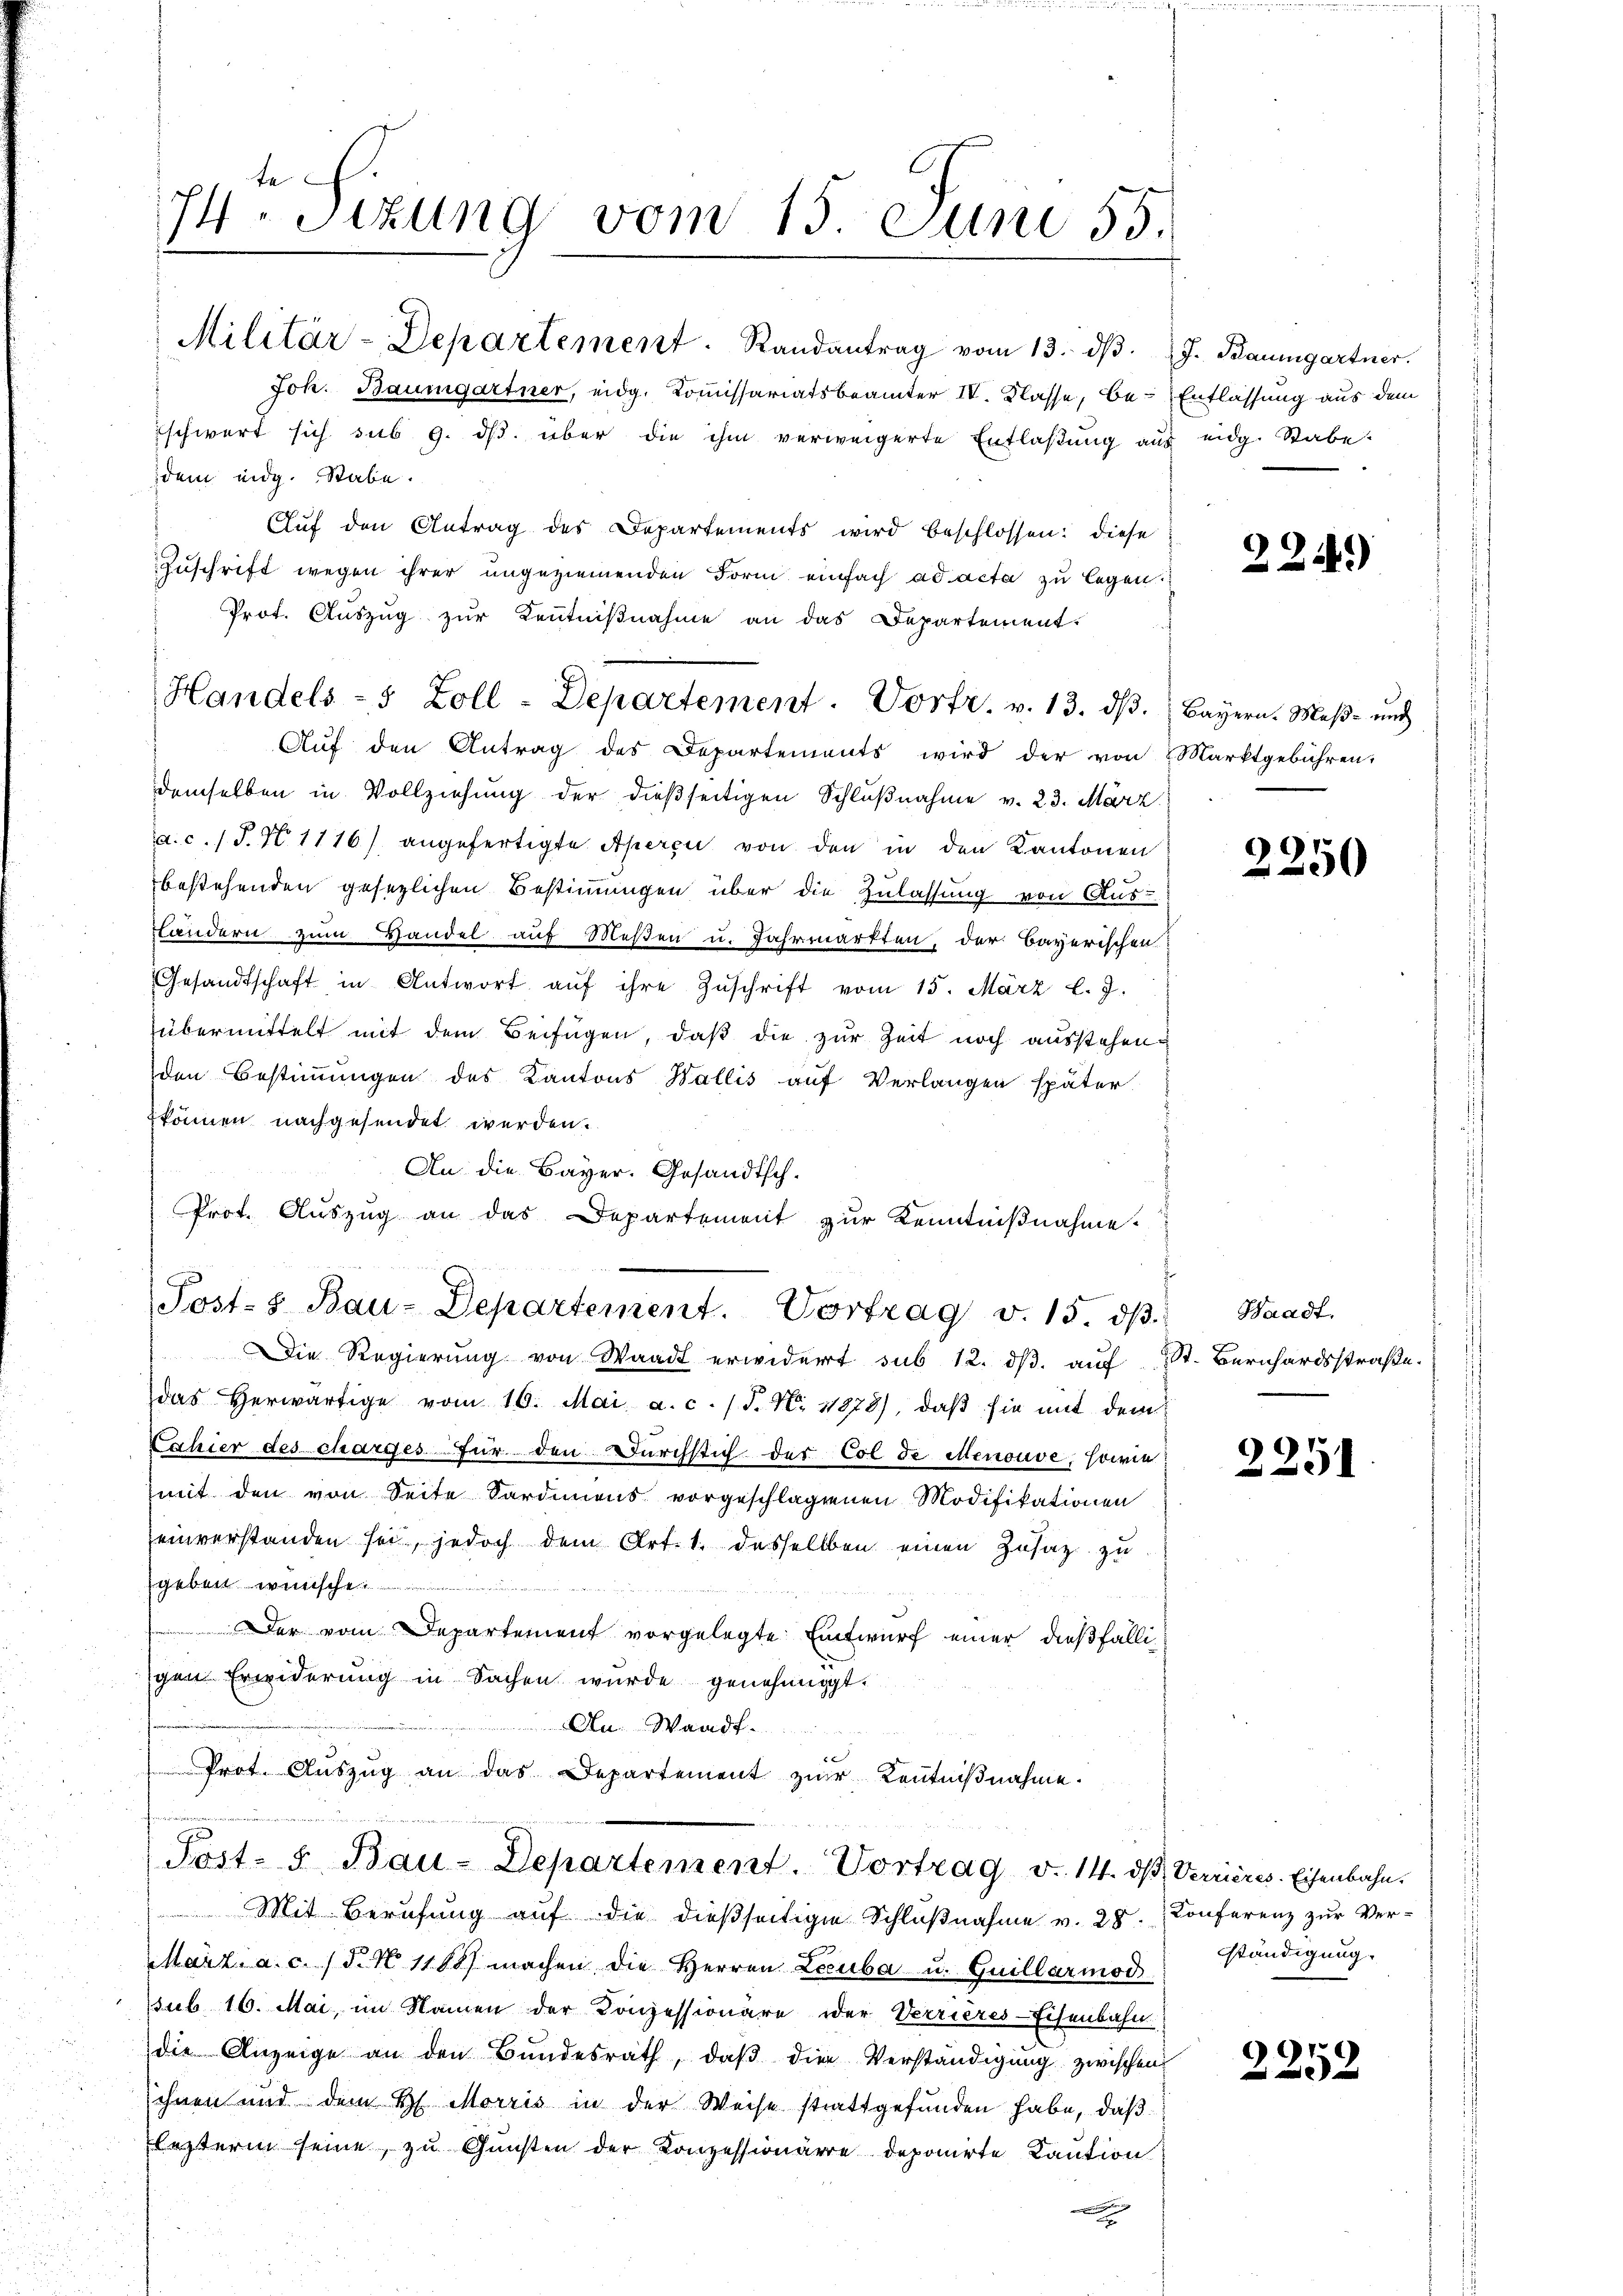
te
74. Sitzung vom 15. Juni 55.

Militär-Departement. Randantrag vom 13. dβ.
Joh. Baumgartner, eidg. Kommissariatsbeamter IV. Klasse, Beschwert sich sub 9. ds. über die ihm verweigerte Entlaßung aus eidg. Stabe.
dem eidg. Rabe.
Auf den Antrag des Departements wird beschlossen: diese
Zuschrift wegen ihrer ungeziemenden Form einfach ad acta zu legen.
Aŭf den Antrag des Departements wird der von Marktgebühren.
demselben in Vollziehung der dießseitigen Schlŭβnahme v. 23. März
a.c. s. S. N. 1116) angefertigte Aperci von den in den Kantonen
bestehenden gesezlichen Bestimmungen über die Zulassung von Aus-
Ländern zum Handel auf Meßen u. Jahrmarkten, der Bayerischen:
Gesandtschaft in Antwort aŭf ihre Zŭschrift vom 15. März l. J.
übermittelt mit dem Beifügen, daß die zur Zeit noch ausstehen
den Bestimmungen des Kantons Wallis auf Verlangen später
können nachgesendet werden.
An die Bayer. Gesandtsch.
Prof. Auszug an das Departement zur Kenntnißnahme.
Die Regierŭng von Waadt erwidert sub 12. dβ aŭf St. Bernhardsstraße.
das herwärtige vom 16. Mai a.c. (T. N. 1878), daβ sie mit dem
Cahier des charges für den Durchstich des Col de Menouve, sowie
mit den von Seite Sardiens vorgeschlagenen Modifikationen
einverstanden sei, jedoch dem Art. 1. desselben einen Zusatz zu
gaben ersch
Der vom Departement vorgelegte Entwurf einer dießfälligen Erwiderung in Sachen wurde genehmigt.
An Waadt.
 Prof. Auszug an das Departement zur Kenntniβnahme.
Post- u Bau-Departement. Vortrag v. 14. dβ Verrieres. Eisenbahn.
Mit Berufung auf die dießseitigen Schlŭβnahme v. 28. Conferenz zur Ver-
März a. c. (T. N. 1168) machen die Herren Lecuba u. Guillarmod
sub 16. Mai, im Namen der Konzessionäre der Verrieres-Eisenbahn
die Anzeige an den Bundesrath, daβ die Verständigung zwischen
ihnen und dem H. Morris in der Weise stattgefŭnden habe, daβ
lesterin seine, zu Gunsten der Konzessionäre deponirte Kaution

Prot. Auszug zur Kenntnißnahme an das Departement.
Handels- 5 Zoll-Departement. Vortr. v. 13. dβ. Bayern. Maβ- und

Posts Bau-Departement. Vortrag v. 15. dβ Waadt

J. Baumgartner.
Entlassung aus dem

22.)

2250

2251

ständigung.

2252